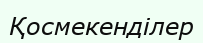
Қосмекенділер